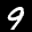
Label: 9